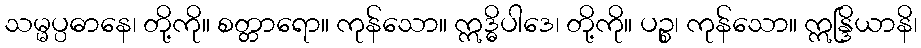
သမ္မပ္ပဓာနေ၊ တို့ကို။ စတ္တာရော။ ကုန်သော။ ဣဒ္ဓိပါဒေ၊ တို့ကို။ ပဉ္စ၊ ကုန်သော။ ဣန္ဒြိယာနိ၊